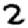
Digit: 2